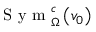
\textnormal { S y m } _ { \Omega } ^ { c } \left( v _ { 0 } \right)